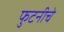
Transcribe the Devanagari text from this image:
फुटनीचे